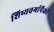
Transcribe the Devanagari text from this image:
शिष्यवर्गापैकी